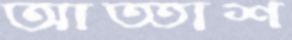
আত্তাশ